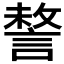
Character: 𧩥